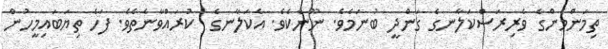
ތިމަންމެންގެ ވެރިރަސްކަލާނގެ ގަންދީ ބުނަމެވެ. ނޫނެކެވެ. އެކަލާނގެ  ކުރައްވާނެތެވެ. ފަހެ ތިޔަބައިމީހުން